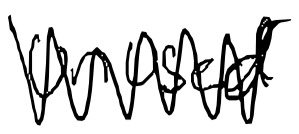
Text: unused
Cross-out: zig-zag
Writing tool: digital_black